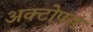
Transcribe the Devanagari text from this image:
अक्टोपस